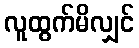
လူထွက်မိလျှင်